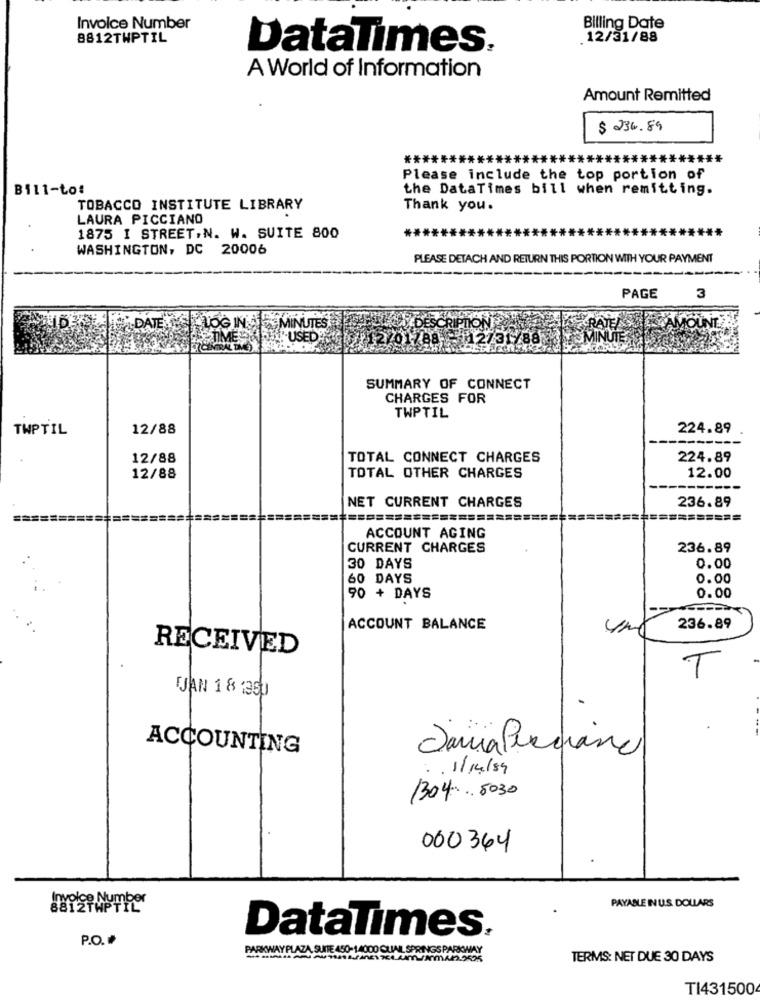
Invoice Number
Billing Date
8812TWPTIL
. 12/31/88
DataTimes.
A World of Information
Amount Remitted
$ 236.89
****!
Please include the top portion of
B111-to:
the DataTimes bill when remitting.
TOBACCO INSTITUTE LIBRARY
Thank you.
LAURA PICCIANO
1875 I STREET.N. W. SUITE 800
WASHINGTON, DC 20006
PLEASE DETACH AND RETURN THIS PORTION WITH YOUR PAYMENT
PAGE
3
LOG IN 5 MINUTES POSEE LUKOVIDE
USED 712/01788
02731
SUMMARY OF CONNECT
CHARGES FOR
TWPTIL
TWPTIL
12/88
224.89
12/88
TOTAL CONNECT CHARGES
224.89
TOTAL OTHER CHARGES
12/88
12.00
236.89
NET CURRENT CHARGES
========================
ACCOUNT AGING
CURRENT CHARGES
236.89
30 DAYS
0.00
60 DAYS
0.00
90 + DAYS
0.00
ACCOUNT BALANCE
236.89
RECEIVED
T
JAN 18 :35)
ACCOUNTING
Sana Persiane
.. 1/4/89
130.4.5030
000364
PAYABLE IN US DOLLARS
DataTimes.
P.O.
PARKWAY PLAZA, SUITE 450-14000 CUIAL SPRINGS PARKWAY
TERMS: NET DUE 30 DAYS
TI431500